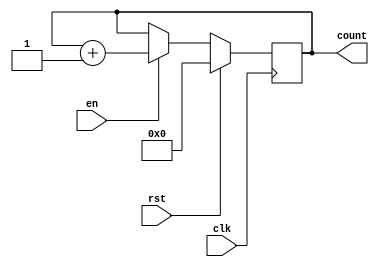
module incremental_counter (
    input wire clk,      // Clock signal
    input wire rst,      // Synchronous reset signal
    input wire en,       // Enable signal
    output reg [7:0] count // 8-bit counter output (adjust size as needed)
);

// Initial value of the counter
initial begin
    count = 8'b0; // Initialize counter to zero
end

// Always block for counter operation
always @(posedge clk) begin
    if (rst) begin
        count <= 8'b0; // Reset counter to zero
    end else if (en) begin
        count <= count + 1; // Increment counter
    end
end

endmodule